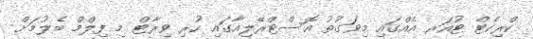
ކްރިކެޓް ޓުއަރ އެއްގައި މިވަގުތު އޮސްޓްރޭލިއާގައި ހުރި ވިރާޓް މި ފިލްމް ބެލުމަށް